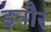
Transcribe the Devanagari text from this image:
इनौर